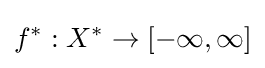
f^{*}:X^{*}\to [-\infty ,\infty ]